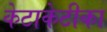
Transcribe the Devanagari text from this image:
केटाकेटीका